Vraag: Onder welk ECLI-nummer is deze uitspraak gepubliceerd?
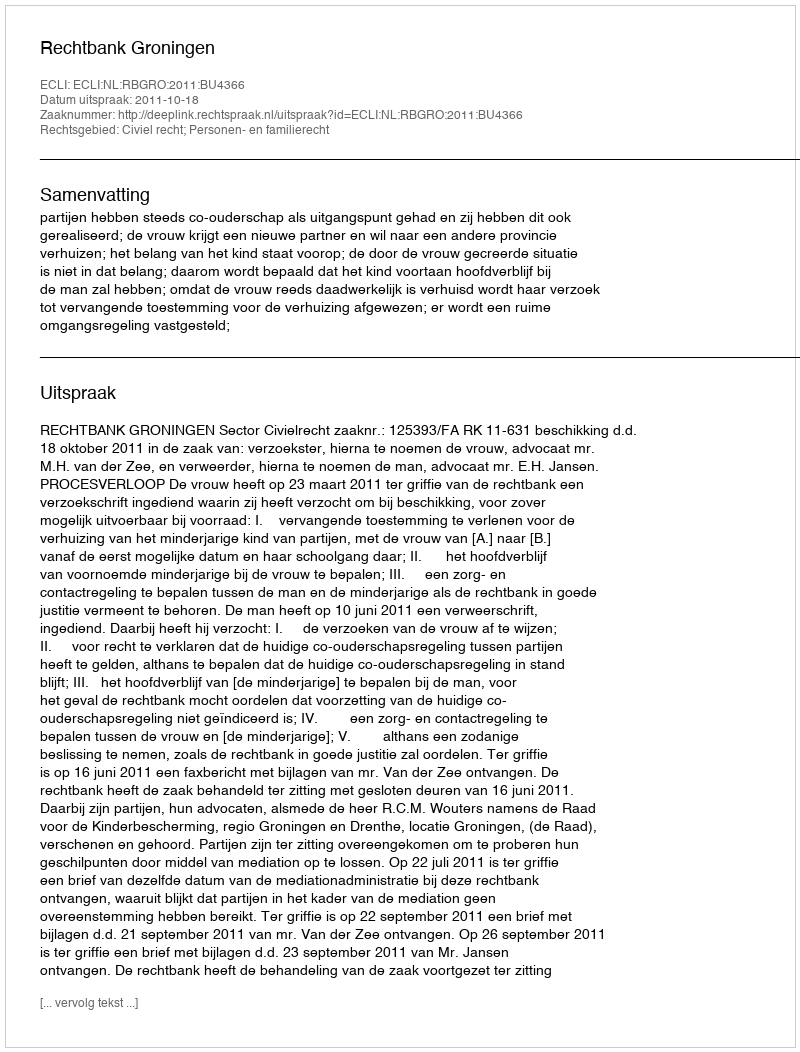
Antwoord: ECLI:NL:RBGRO:2011:BU4366